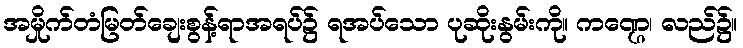
အမှိုက်တံမြတ်ချေးစွန့်ရာအရပ်၌ ရအပ်သော ပုဆိုးနွမ်းကို။ ကဏ္ဌေ၊ လည်၌။